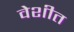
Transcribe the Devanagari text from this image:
वेशीत